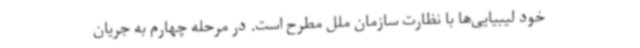
خود لیبیایی‌ها با نظارت سازمان ملل مطرح است. در مرحله چهارم به جریان